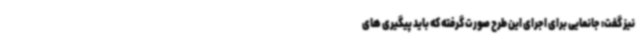
نیز گفت: جانمایی برای اجرای این طرح صورت گرفته که باید پیگیری های